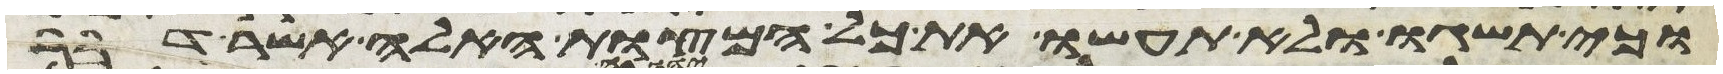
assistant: וכי תשגו ולא תעשו את כל המצות האלה אשר דבר